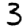
Digit: 3